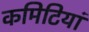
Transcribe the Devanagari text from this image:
कमिटियां